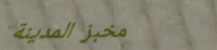
مخبز المدينة